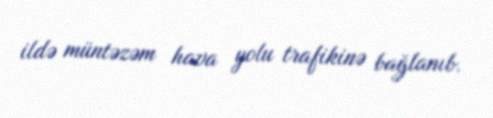
ildə müntəzəm hava yolu trafikinə bağlanıb.